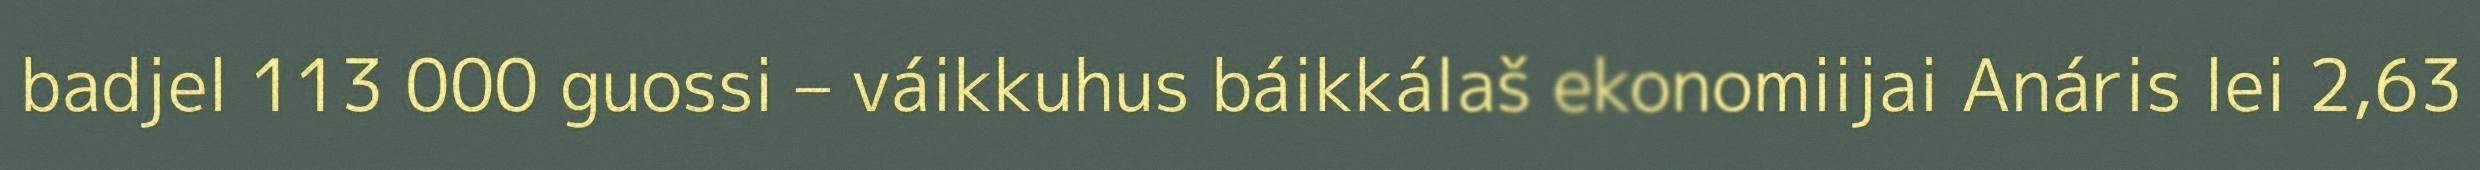
badjel 113 000 guossi – váikkuhus báikkálaš ekonomiijai Anáris lei 2,63